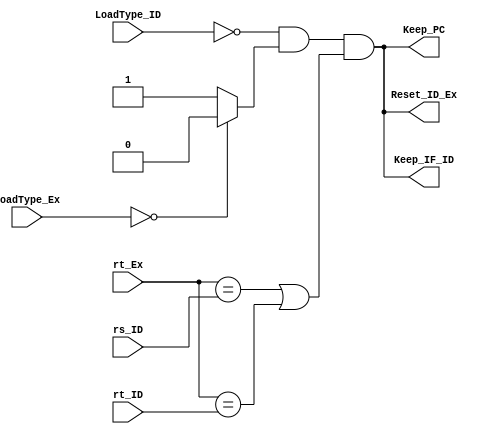
module LoadUseDetector( 
	input [1:0] LoadType_ID, LoadType_Ex,
	input [4:0] rs_ID, rt_ID, rt_Ex,
	output Reset_ID_Ex, Keep_IF_ID, Keep_PC
);
	
	wire LoadUse;
	wire MemRead_ID, MemRead_Ex;
	assign MemRead_ID = (LoadType_ID == 2'b00) ? 1'b0 : 1'b1;
	assign MemRead_Ex = (LoadType_Ex == 2'b00) ? 1'b0 : 1'b1;
	assign LoadUse = (~MemRead_ID) & MemRead_Ex & ((rt_Ex == rs_ID) | (rt_Ex == rt_ID));

	assign Reset_ID_Ex = LoadUse;
	assign Keep_IF_ID = LoadUse;
	assign Keep_PC = LoadUse;
	
endmodule